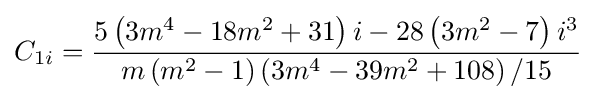
C_{1i}={\frac {5\left({3m^{4}-18m^{2}+31}\right)i-28\left({3m^{2}-7}\right)i^{3}}{m\left({m^{2}-1}\right)\left({3m^{4}-39m^{2}+108}\right)/15}}